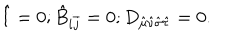
\hat { l } = 0 ; \hat { B } _ { i \bar { j } } = 0 ; D _ { \hat { \mu } \hat { \nu } \hat { \sigma } \hat { \tau } } = 0 .